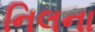
નિલના